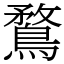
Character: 鶩